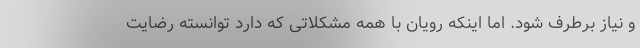
و نیاز برطرف شود. اما اینکه رویان با همه مشکلاتی که دارد توانسته رضایت